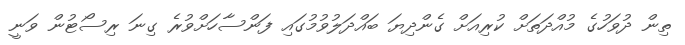
ތިން ދުވަހުގެ މުއްދަތަށް ކުރިއަށް ގެންދިޔަ ބައްދަލުވުމުގައި ފަންސާހަށްވުރެ ގިނަ ރިސޯޓުން ވަނީ